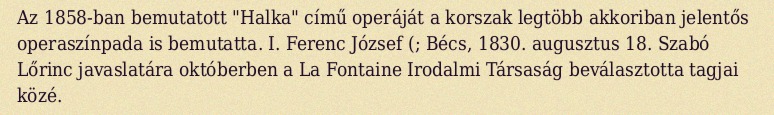
Az 1858-ban bemutatott "Halka" című operáját a korszak legtöbb akkoriban jelentős operaszínpada is bemutatta. I. Ferenc József (; Bécs, 1830. augusztus 18. Szabó Lőrinc javaslatára októberben a La Fontaine Irodalmi Társaság beválasztotta tagjai közé.